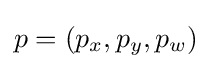
p=(p_{x},p_{y},p_{w})